Account of plague administration in the Bombay Presidency from September 1896 till May 1897
Year: 1896
Disease focus: Plague
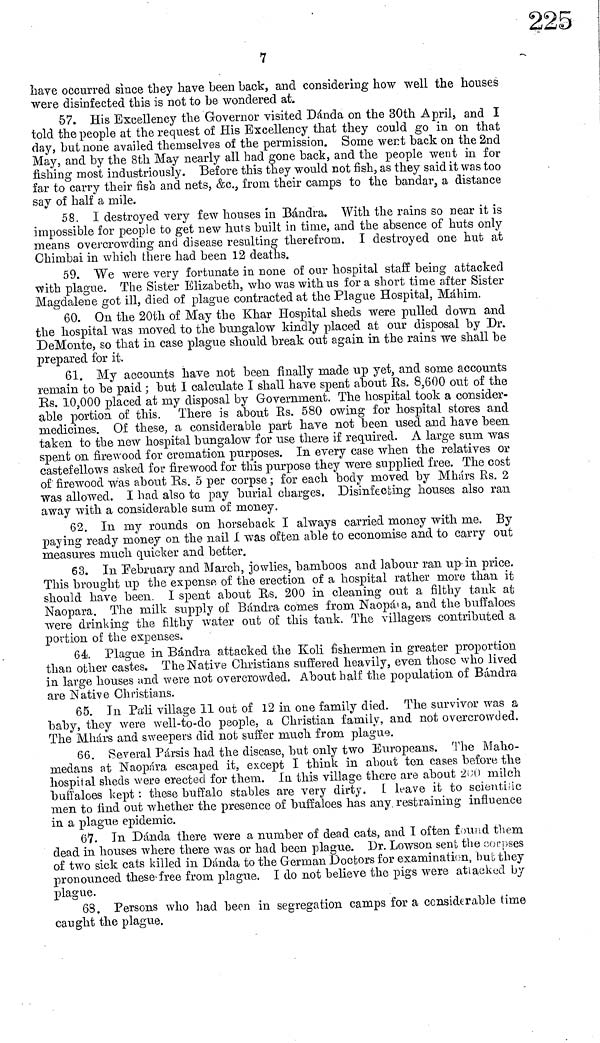
7
have occurred since they have been back, and considering how well the houses
were disinfected this is not to be wondered at.
57. His Excellency the Governor visited Dánda on the 30th April, and I
told the people at the request of His Excellency that they could go in on that
day, but none availed themselves of the permission. Some wert back on the 2nd
May, and by the 8th May nearly all had gone back, and the people went in for
fishing most industriously. Before this they would not fish, as they said it was too
far to carry their fish and nets, &c., from their camps to the bandar, a distance
say of half a mile.
58. I destroyed very few houses in Bándra. With the rains so near it is
impossible for people to get new huts built in time, and the absence of huts only
means overcrowding and disease resulting therefrom. I destroyed one hut at
Chimbai in which there had been 12 deaths.
59. We were very fortunate in none of our hospital staff being attacked
with plague. The Sister Elizabeth, who was with us for a short time after Sister
Magdalene got ill, died of plague contracted at the Plague Hospital, Máhim.
60. On the 20th of May the Khar Hospital sheds were pulled down and
the hospital was moved to the bungalow kindly placed at our disposal by Dr.
DeMonte, so that in case plague should break out again in the rains we shall be
prepared for it.
61. My accounts have not been finally made up yet, and some accounts
remain to be paid ; but I calculate I shall have spent about Rs. 8,600 out of the
Rs. 10,000 placed at my disposal by Government. The hospital took a consider-
able portion of this. There is about Rs. 580 owing for hospital stores and
medicines. Of these, a considerable part have not been used and have been
taken to the new hospital bungalow for use there if required. A large sum was
spent on firewood for cremation purposes. In every case when the relatives or
castefellows asked for firewood for this purpose they were supplied free. The cost
of firewood was about Rs. δ per corpse ; for each body moved by Mhárs Rs. 2
was allowed. I had also to pay burial charges. Disinfecting houses also ran
away with a considerable sum of money.
62. In my rounds on horseback I always carried money with me. By
paying ready money on the nail 1 was often able to economise and to carry out
measures much quicker and better.
63. In February and March, jowlies, bamboos and labour ran up in price.
This brought up the expense of the erection of a hospital rather more than it
should have been. I spent about Rs. 200 in cleaning out a filthy tank at
Naopara. The milk supply of Bándra comes from Naopál a, and the buffaloes
were drinking the filthy water out of this tank. The villagers contributed a
portion of the expenses.
64. Plague in Bándra attacked the Koli fishermen in greater proportion
than other castes. The Native Christians suffered heavily, even those who lived
in large houses and were not overcrowded. About half the population of Bándra
are Native Christians.
65. In Pali village 11 out of 12 in one family died. The survivor was a
baby, they were well-to-do people, a Christian family, and not overcrowded.
The Mhárs and sweepers did not suffer much from plague.
66. Several Pársis had the disease, but only two Europeans. The Maho-
niedans at Naopara escaped it, except I think in about ten cases before the
hospital sheds were erected for them. In this village there are about 200 milch
buffaloes kept : these buffalo stables are very dirty. 1 leave it to scientific
men to find out whether the presence of buffaloes has any restraining influence
in a plague epidemic.
67. In Dánda there were a number of dead cats, and I often found them
dead in houses where there was or had been plague. Dr. Lowson sent the corpses
of two sick cats killed in Dánda to the German Doctors for examination, hut they
pronounced these free from plague. I do not believe the pigs were attacked by
plague.
68. Persons who had been in segregation camps for a considerable time
caught the plague.